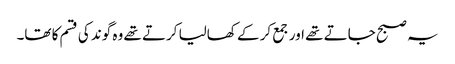
یہ صبح جاتے تھے اور جمع کر کے کھالیا کرتے تھے وہ گوند کی قسم کا تھا۔